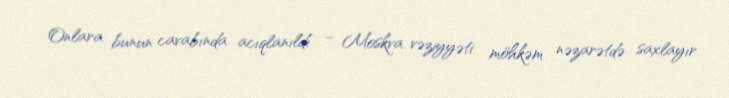
Onlara bunun cavabında acıqlanıldı … Moskva vəziyyəti möhkəm nəzarətdə saxlayır